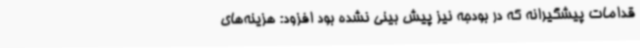
قدامات پیشگیرانه که در بودجه نیز پیش بینی نشده بود افزود: هزینه‌های